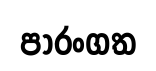
පාරංගත